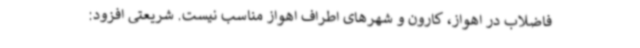
فاضلاب در اهواز، کارون و شهرهای اطراف اهواز مناسب نیست. شریعتی افزود: